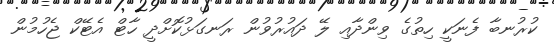
ކުރުނބާ ފެނަކީ ހިތުގެ ވިންދާއި ލޭ ދައުރުވުން ރަނގަޅުކޮށްދީ ހާޓް އެޓޭކް ޖެހުމުން